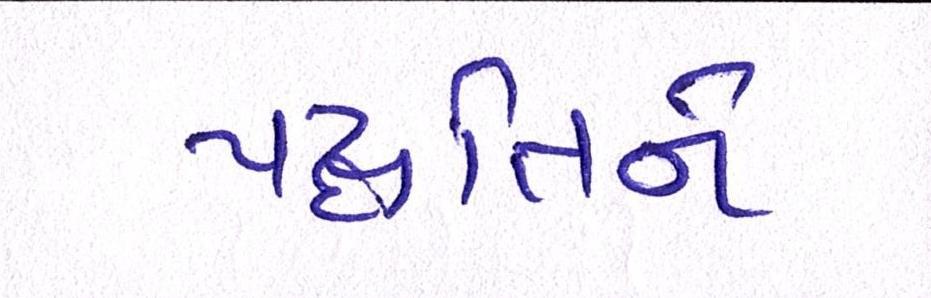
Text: પદ્ધતિને